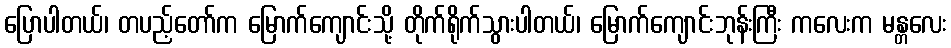
ပြောပါတယ်၊ တပည့်တော်က မြောက်ကျောင်းသို့ တိုက်ရိုက်သွားပါတယ်၊ မြောက်ကျောင်းဘုန်းကြီး ကလေးက မန္တလေး